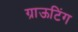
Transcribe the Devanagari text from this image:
ग्राऊटिंग